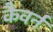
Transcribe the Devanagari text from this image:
कैवर्न